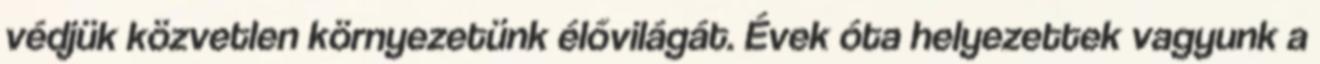
védjük közvetlen környezetünk élővilágát. Évek óta helyezettek vagyunk a